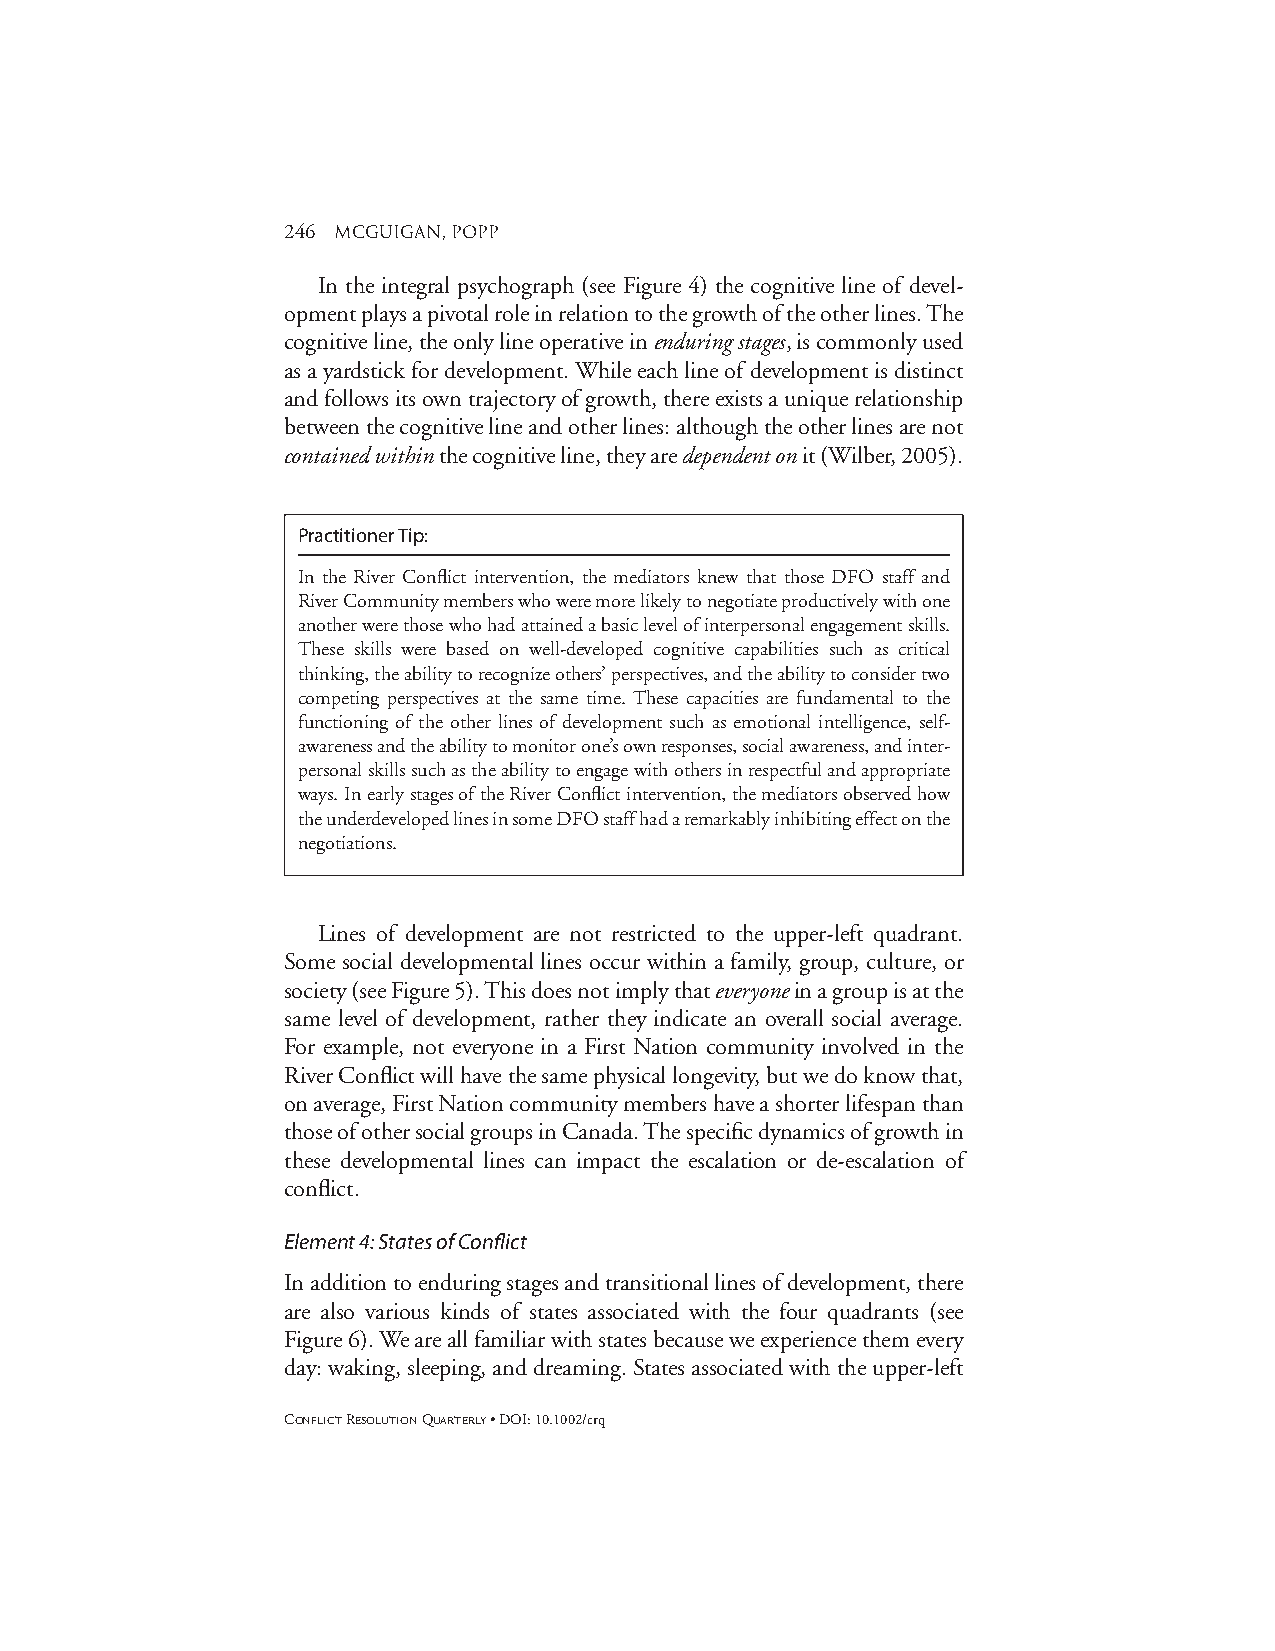
246 mcguigan, popp
 In the integral psychograph (see Figure 4) the cognitive line of devel-
 opment plays a pivotal role in relation to the growth of the other lines. The
 cognitive line, the only line operative in enduring stages, is commonly used
 as a yardstick for development. While each line of development is distinct
 and follows its own trajectory of growth, there exists a unique relationship
 between the cognitive line and other lines: although the other lines are not
 contained withinthe cognitive line, they are dependent onit (Wilber, 2005).
 Practitioner Tip:
 In the River Conflict intervention, the mediators knew that those DFO staff and
 River Community members who were more likely to negotiate productively with one
 another were those who had attained a basic level of interpersonal engagement skills.
 These skills were based on well-developed cognitive capabilities such as critical
 thinking, the ability to recognize others’ perspectives, and the ability to consider two
 competing perspectives at the same time. These capacities are fundamental to the
 functioning of the other lines of development such as emotional intelligence, self-
 awareness and the ability to monitor one’s own responses, social awareness, and inter-
 personal skills such as the ability to engage with others in respectful and appropriate
 ways. In early stages of the River Conflict intervention, the mediators observed how
 the underdeveloped lines in some DFO staff had a remarkably inhibiting effect on the
 negotiations.
 Lines of development are not restricted to the upper-left quadrant.
 Some social developmental lines occur within a family, group, culture, or
 society (see Figure 5). This does not imply that everyonein a group is at the
 same level of development, rather they indicate an overall social average.
 For example, not everyone in a First Nation community involved in the
 River Conflict will have the same physical longevity, but we do know that,
 on average, First Nation community members have a shorter lifespan than
 those of other social groups in Canada. The specific dynamics of growth in
 these developmental lines can impact the escalation or de-escalation of
 conflict.
 Element 4:States of Conflict
 In addition to enduring stages and transitional lines of development, there
 are also various kinds of states associated with the four quadrants (see
 Figure 6). We are all familiar with states because we experience them every
 day: waking, sleeping, and dreaming. States associated with the upper-left
 CONFLICTRESOLUTIONQUARTERLY• DOI: 10.1002/crq